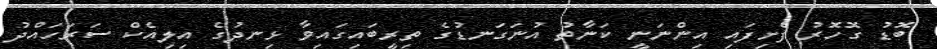
ބޮޑު ގޮހޮރު ފެށިފައި އިންނަނީ ކަނާތު އުނަގަނޑުގެ ތިރީބައިގައިވާ ޅިނދުގެ އިލިއެކް ސަރަހައްދު